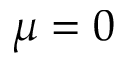
\mu = 0